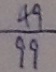
\frac { 4 9 } { 9 9 }